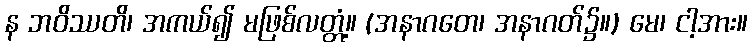
န ဘဝိဿတိ၊ အကယ်၍ မဖြစ်လတ္တံ့။ (အနာဂတေ၊ အနာဂတ်၌။) မေ၊ ငါ့အား။